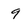
Character: 9